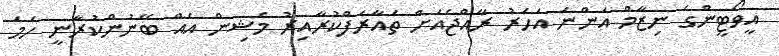
އީވޯޓީންގެ ނިޒާމް އަންނަ އަހަރު ރާއްޖެއަށް ތައާރަފްކުރާއިރު މެޝިން އެއް ބޭނުންކުރާނީ ހަމަ